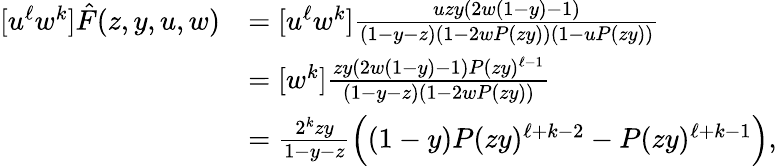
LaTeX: \begin{array}{rl}{[u^{\ell}w^{k}]\hat{F}(z,y,u,w)}&{=[u^{\ell}w^{k}]\frac{uzy(2w(1-y)-1)}{(1-y-z)(1-2wP(zy))(1-uP(zy))}}\\ &{=[w^{k}]\frac{zy(2w(1-y)-1)P(zy)^{\ell-1}}{(1-y-z)(1-2wP(zy))}}\\ &{=\frac{2^{k}zy}{1-y-z}\Big((1-y)P(zy)^{\ell+k-2}-P(zy)^{\ell+k-1}\Big),}\end{array}